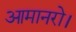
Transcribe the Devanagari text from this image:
आमानरो।